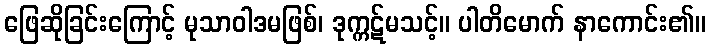
ဖြေဆိုခြင်းကြောင့် မုသာဝါဒမဖြစ်၊ ဒုက္ကဋ်မသင့်။ ပါတိမောက် နာကောင်း၏။